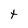
Character: t